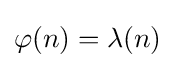
\varphi (n)=\lambda (n)~